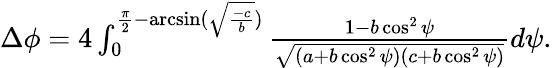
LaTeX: \begin{array}{r}{\Delta\phi=4\int_{0}^{\frac{\pi}{2}-\arcsin(\sqrt{\frac{-c}{b}})}\frac{1-b\cos^{2}\psi}{\sqrt{(a+b\cos^{2}\psi)(c+b\cos^{2}\psi)}}d\psi.}\end{array}